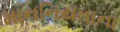
માનનિયતાના